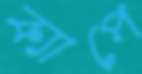
ক্যাপে